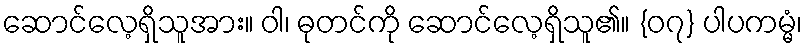
ဆောင်လေ့ရှိသူအား။ ဝါ၊ ဓုတင်ကို ဆောင်လေ့ရှိသူ၏။ {၀၇} ပါပကမ္မံ၊